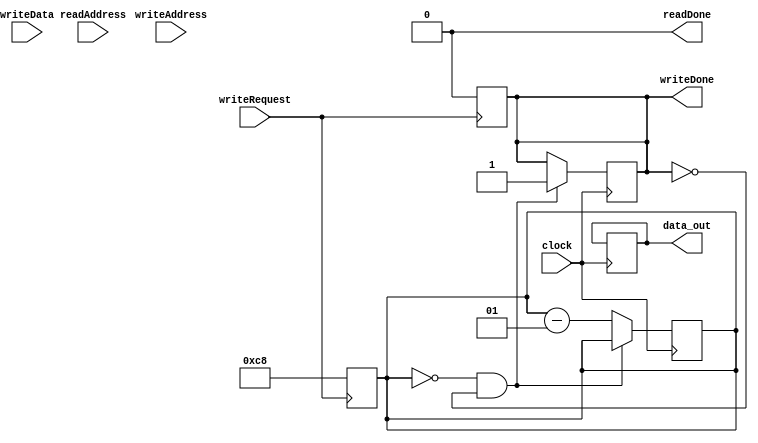
module dataMemory (
	input wire clock,
	
	input wire[31:0] readAddress,
	output reg readDone,
	output reg[511:0] data_out,
	
	input wire[31:0] writeAddress,
	input wire writeRequest,
	input wire[31:0] writeData,
	output reg writeDone
);

	reg[511:0] mem[0:15];

	reg[31:0] readAddrOffset;
	reg[31:0] writeAddrOffset;
	reg[5:0] writeWordOffset;

	integer readCount, writeCount;
	
	always @(posedge writeRequest) begin
		writeDone = 1'b0;
			
		writeAddrOffset = writeAddress[31:6];
		writeCount = 200;
	end
	
	always @(readAddress) begin
		readDone = 1'b0;
		
		readAddrOffset = readAddress[31:6];
		readCount = 200;
	end

	always @(posedge clock) begin
		//Set write
		if (writeCount == 0 && writeDone == 0) begin
			writeWordOffset = writeAddress[5:0] / 4 * 4;
				
			case (writeWordOffset)
				6'b000000: mem[writeAddrOffset][0*32+31:0*32] = writeData;
				6'b000100: mem[writeAddrOffset][1*32+31:1*32] = writeData;
				6'b001000: mem[writeAddrOffset][2*32+31:2*32] = writeData;
				6'b001100: mem[writeAddrOffset][3*32+31:3*32] = writeData;
				6'b010000: mem[writeAddrOffset][4*32+31:4*32] = writeData;
				6'b010100: mem[writeAddrOffset][5*32+31:5*32] = writeData;
				6'b011000: mem[writeAddrOffset][6*32+31:6*32] = writeData;
				6'b011100: mem[writeAddrOffset][7*32+31:7*32] = writeData;
					
				6'b100000: mem[writeAddrOffset][8*32+31:8*32] = writeData;
				6'b100100: mem[writeAddrOffset][9*32+31:9*32] = writeData;
				6'b101000: mem[writeAddrOffset][10*32+31:10*32] = writeData;
				6'b101100: mem[writeAddrOffset][11*32+31:11*32] = writeData;
				6'b110000: mem[writeAddrOffset][12*32+31:12*32] = writeData;
				6'b110100: mem[writeAddrOffset][13*32+31:13*32] = writeData;
				6'b111000: mem[writeAddrOffset][14*32+31:14*32] = writeData;
				6'b111100: mem[writeAddrOffset][15*32+31:15*32] = writeData;
			endcase

			writeDone = 1'b1;
		end
		else writeCount = writeCount - 1;
		
		if (readCount == 0 && readDone == 0) begin
			data_out = mem[readAddrOffset];
			readDone = 1'b1;
		end
		else readCount = readCount - 1;
	end

endmodule